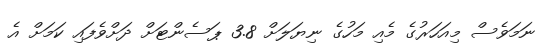
ނަމަވެސް މިއަހަރުގެ މެއި މަހުގެ ނިޔަލަށް 3.8 ޕަސެންޓަށް ދަށްވެފައި ކަމަށް އެ